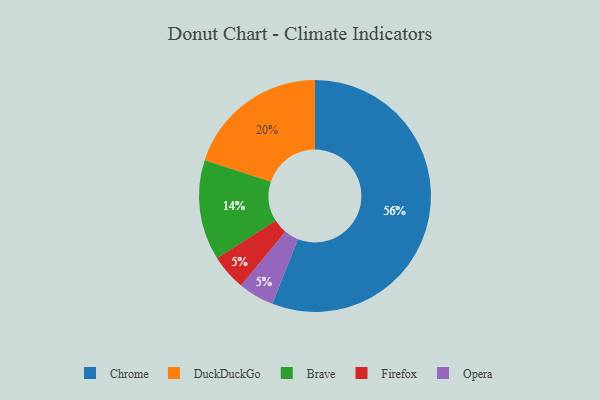
{"axis": {"x": "Category", "y": "Percentage"}, "legend": ["Brave", "Chrome", "DuckDuckGo", "Firefox", "Opera"], "data": [{"x": "DuckDuckGo", "y": 20, "type": "DuckDuckGo"}, {"x": "Firefox", "y": 5, "type": "Firefox"}, {"x": "Chrome", "y": 56, "type": "Chrome"}, {"x": "Opera", "y": 5, "type": "Opera"}, {"x": "Brave", "y": 14, "type": "Brave"}]}